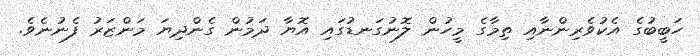
ހަބީބުގެ އެކުވެރިންނާއި ތިމާގެ މީހުން ލޮނުގަނޑުގައި އޮޔާ ދަމުން ގެންދިޔަ މަންޒަރު ފެނުނެވެ.